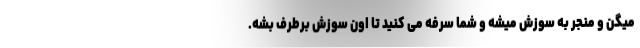
میگن و منجر به سوزش میشه و شما سرفه می کنید تا اون سوزش برطرف بشه.